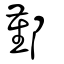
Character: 鄞